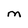
Character: M